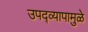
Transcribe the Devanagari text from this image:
उपद्व्यापामुळे